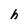
Character: h